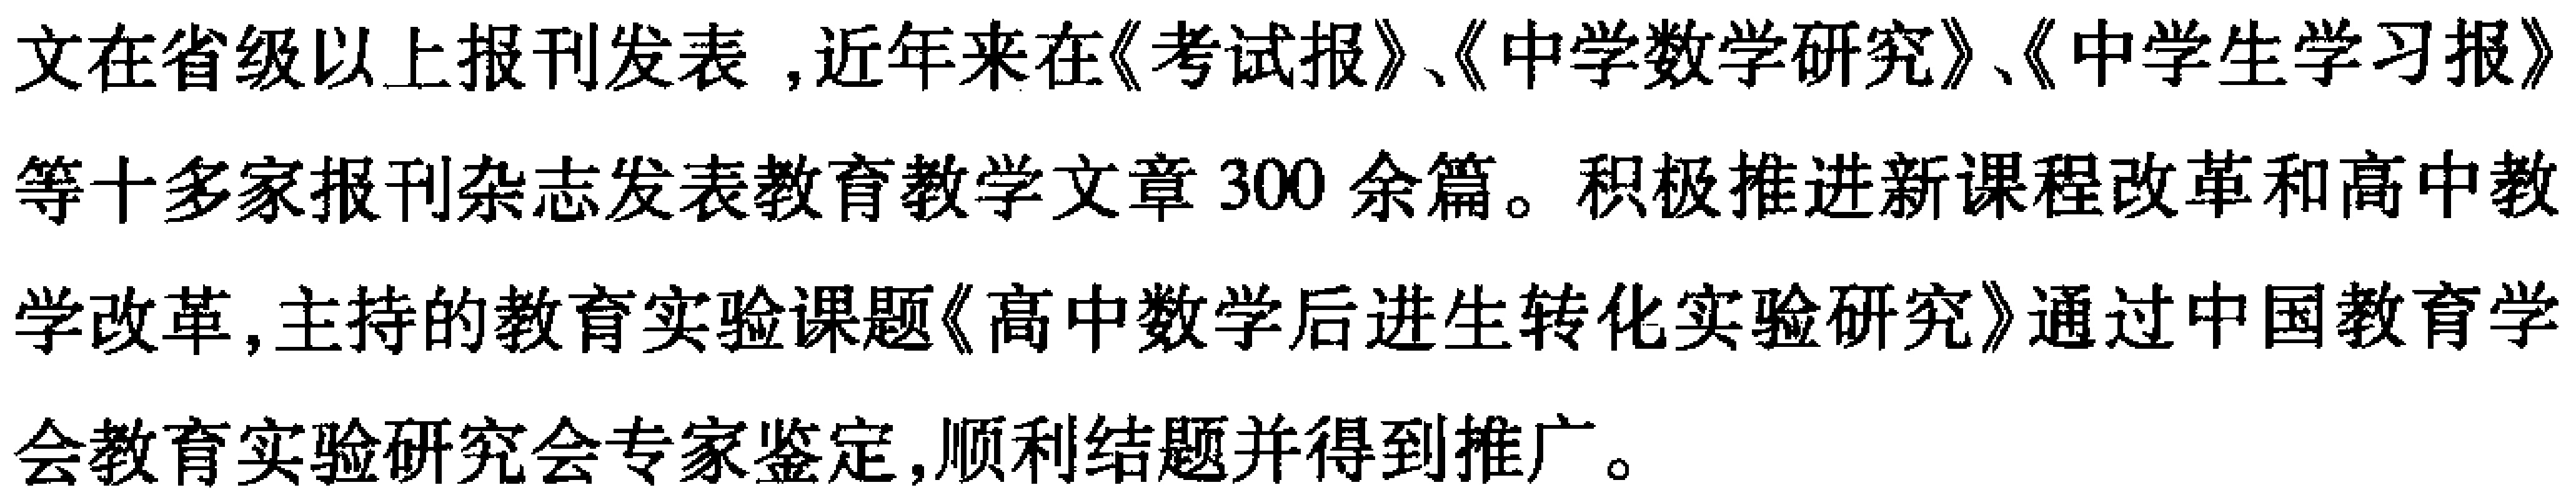
文在省级以上报刊发表,近年来在《考试报》、《中学数学研究》、《中学生学习报》等十多家报刊杂志发表教育教学文章300余篇。积极推进新课程改革和高中教学改革,主持的教育实验课题《高中数学后进生转化实验研究》通过中国教育学会教育实验研究会专家鉴定,顺利结题并得到推广。